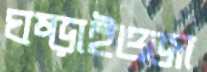
ঘষ্‌ড়াইওজা